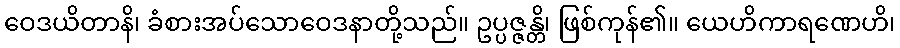
ဝေဒယိတာနိ၊ ခံစားအပ်သောဝေဒနာတို့သည်။ ဥပ္ပဇ္ဇန္တိ၊ ဖြစ်ကုန်၏။ ယေဟိကာရဏေဟိ၊